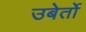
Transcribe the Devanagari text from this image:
उबेर्तो